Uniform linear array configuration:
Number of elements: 32
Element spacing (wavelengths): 1
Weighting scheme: exponential
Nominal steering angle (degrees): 60
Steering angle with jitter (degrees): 60.757
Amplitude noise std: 0.05
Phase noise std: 0.05

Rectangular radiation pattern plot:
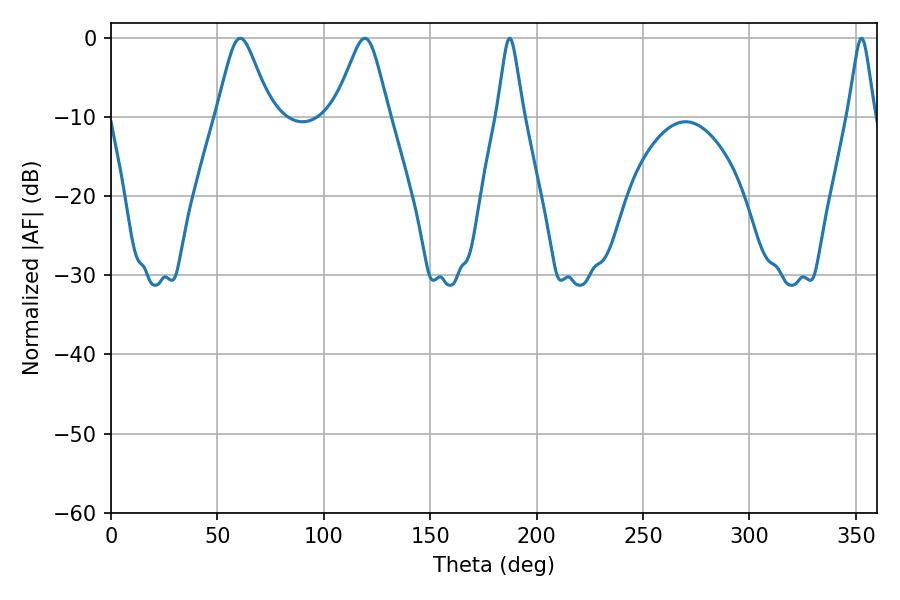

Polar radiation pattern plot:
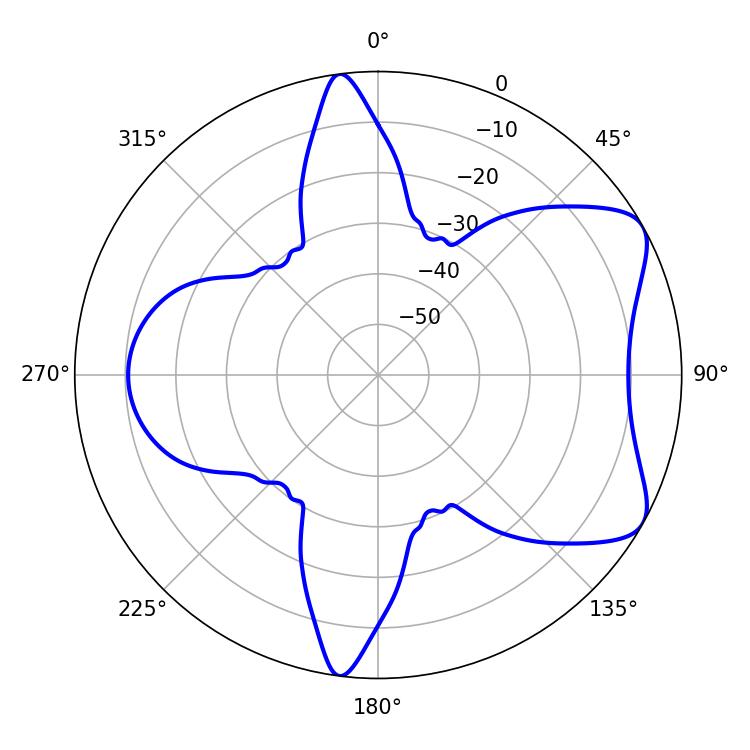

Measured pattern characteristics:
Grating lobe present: TRUE
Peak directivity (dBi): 6.891
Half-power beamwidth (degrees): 12.24
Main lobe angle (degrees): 60.66